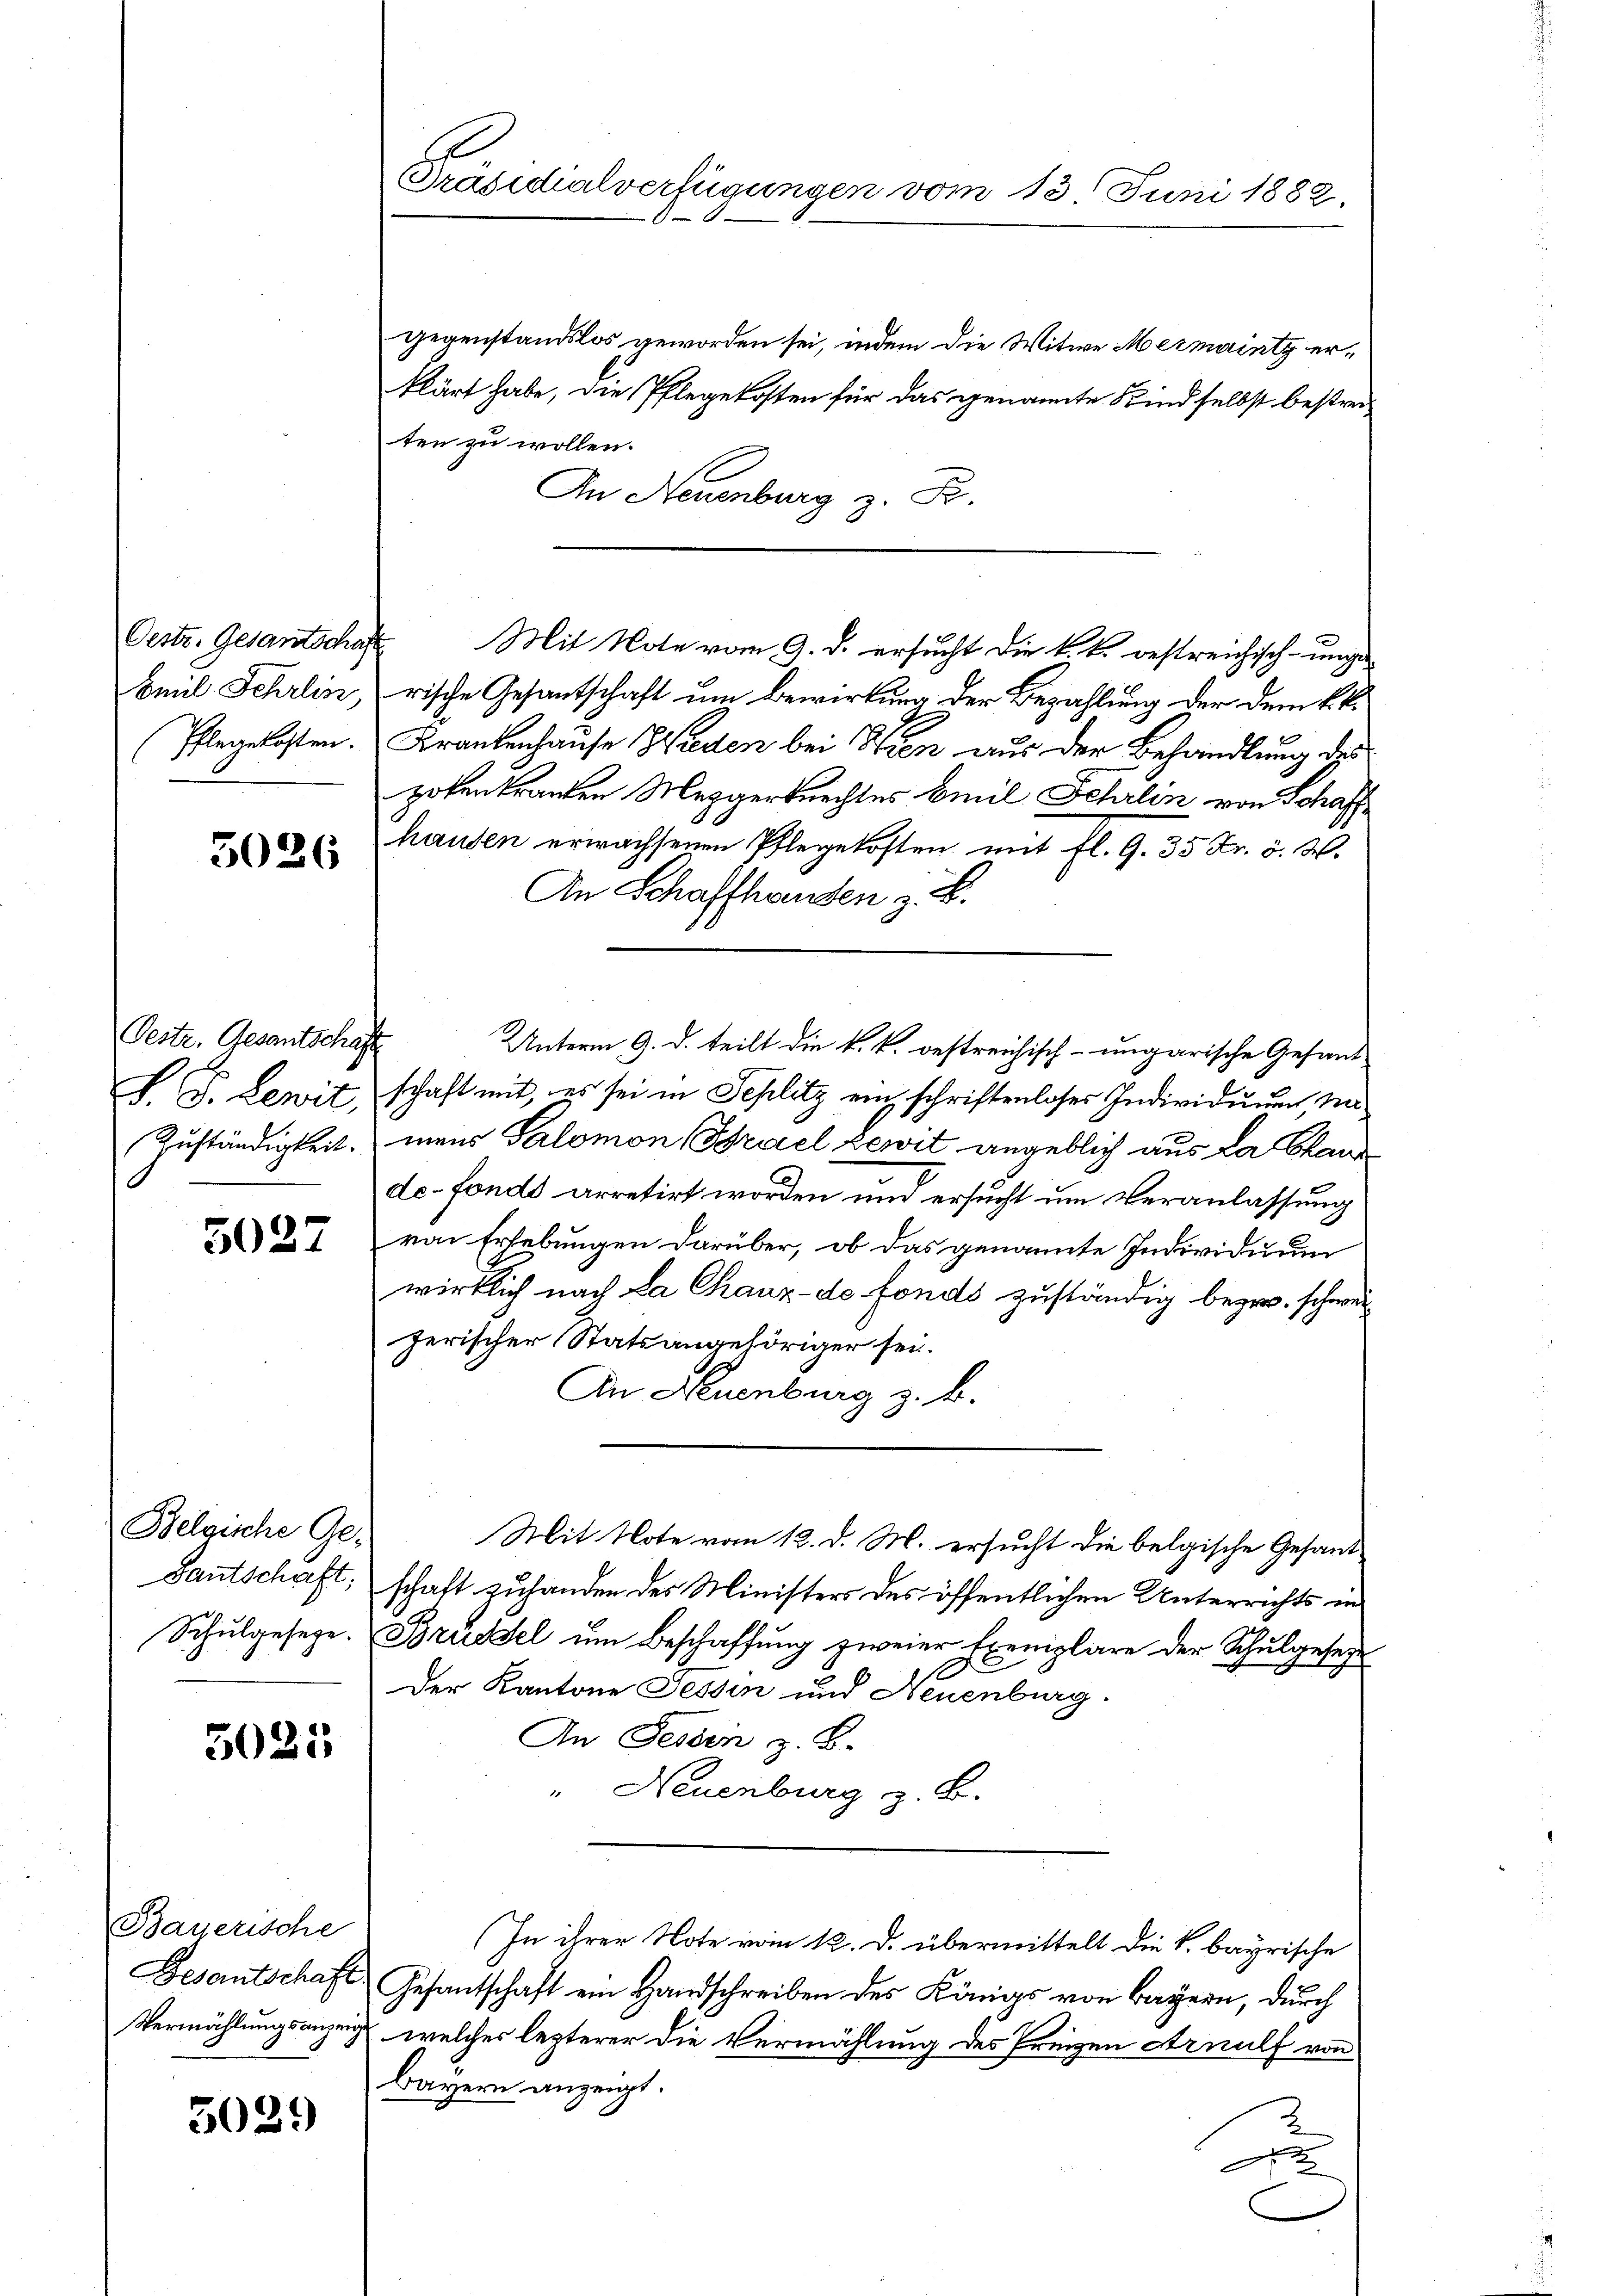
Emil Schrlin,
Pflegekosten.

3026

Pestr. Gesantschaft
S. S. Lewit
Zŭständigkeit.

5027

Belgische Ge¬
Gautschaft;

5025

Bayerische

5029

Präsidialverfügungen vom 13. Juni 1882

gegenstandslos geworden sei, indem die Witwe Mermaintz erklärt habe, die Pflegekosten für das genannte Kind selbst bestreiten zu wollen.
E
An Neuenburg z. B.
Oestr. Gesantschaft Mit Note vom 9. d. ersucht die k. k. bestreichisch-ungen
rische Gesantschaft um Bewirkung der Bezahlung der dem kk.
Krankenhause Waden bei Stien aus der Behandlung des
potenkranten Mezgerknechtes beeil Fehrlin von Schaffhausen erwachsenen Pflegekosten mit fl. G. 35 Fr. 5. W.
An Schaffhausen z. B.
Unterm 9. d. teilt die k. k. bestreichisch-ungarische Gesand
schaft mit, es sei in Seplitz ein schriftenloses Individuum, mimens Salomon Brael Lewit angeblich aus da Stand
de-Fonds arretirt worden und ersucht um Veranlassung
von Erhebungen darüber, ob das genannte Individuum
wirklich nach La Chaux-de Fonds zuständig bezw. schweizerischer Statsangehöriger sei.
In Neuenburg z. B.
Mit Note vom 12. d. M. ersucht die belgische Gesand
schaft zuhanden des Ministers des öffentlichen Unterrichts in
Schŭlgesetze. Brudel ŭm Beschaffŭng zweier Exemplare der Schulgesezt
S
Der Kantone Tessin und Neuenburg.
An Sessen z. B.
" Neuenburg z. B.
In ihrer Note vom 12. d. übermittelt die k. bayrische
Besantschaft Gesantschaft ein Handschreiben des Königs von Bayern, durch
Vermählungsanzeige, welches lezterer die Vermählung des Prinzen Arnulf von
Bayern anzeigt.
d